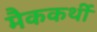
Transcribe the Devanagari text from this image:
मैककर्थी